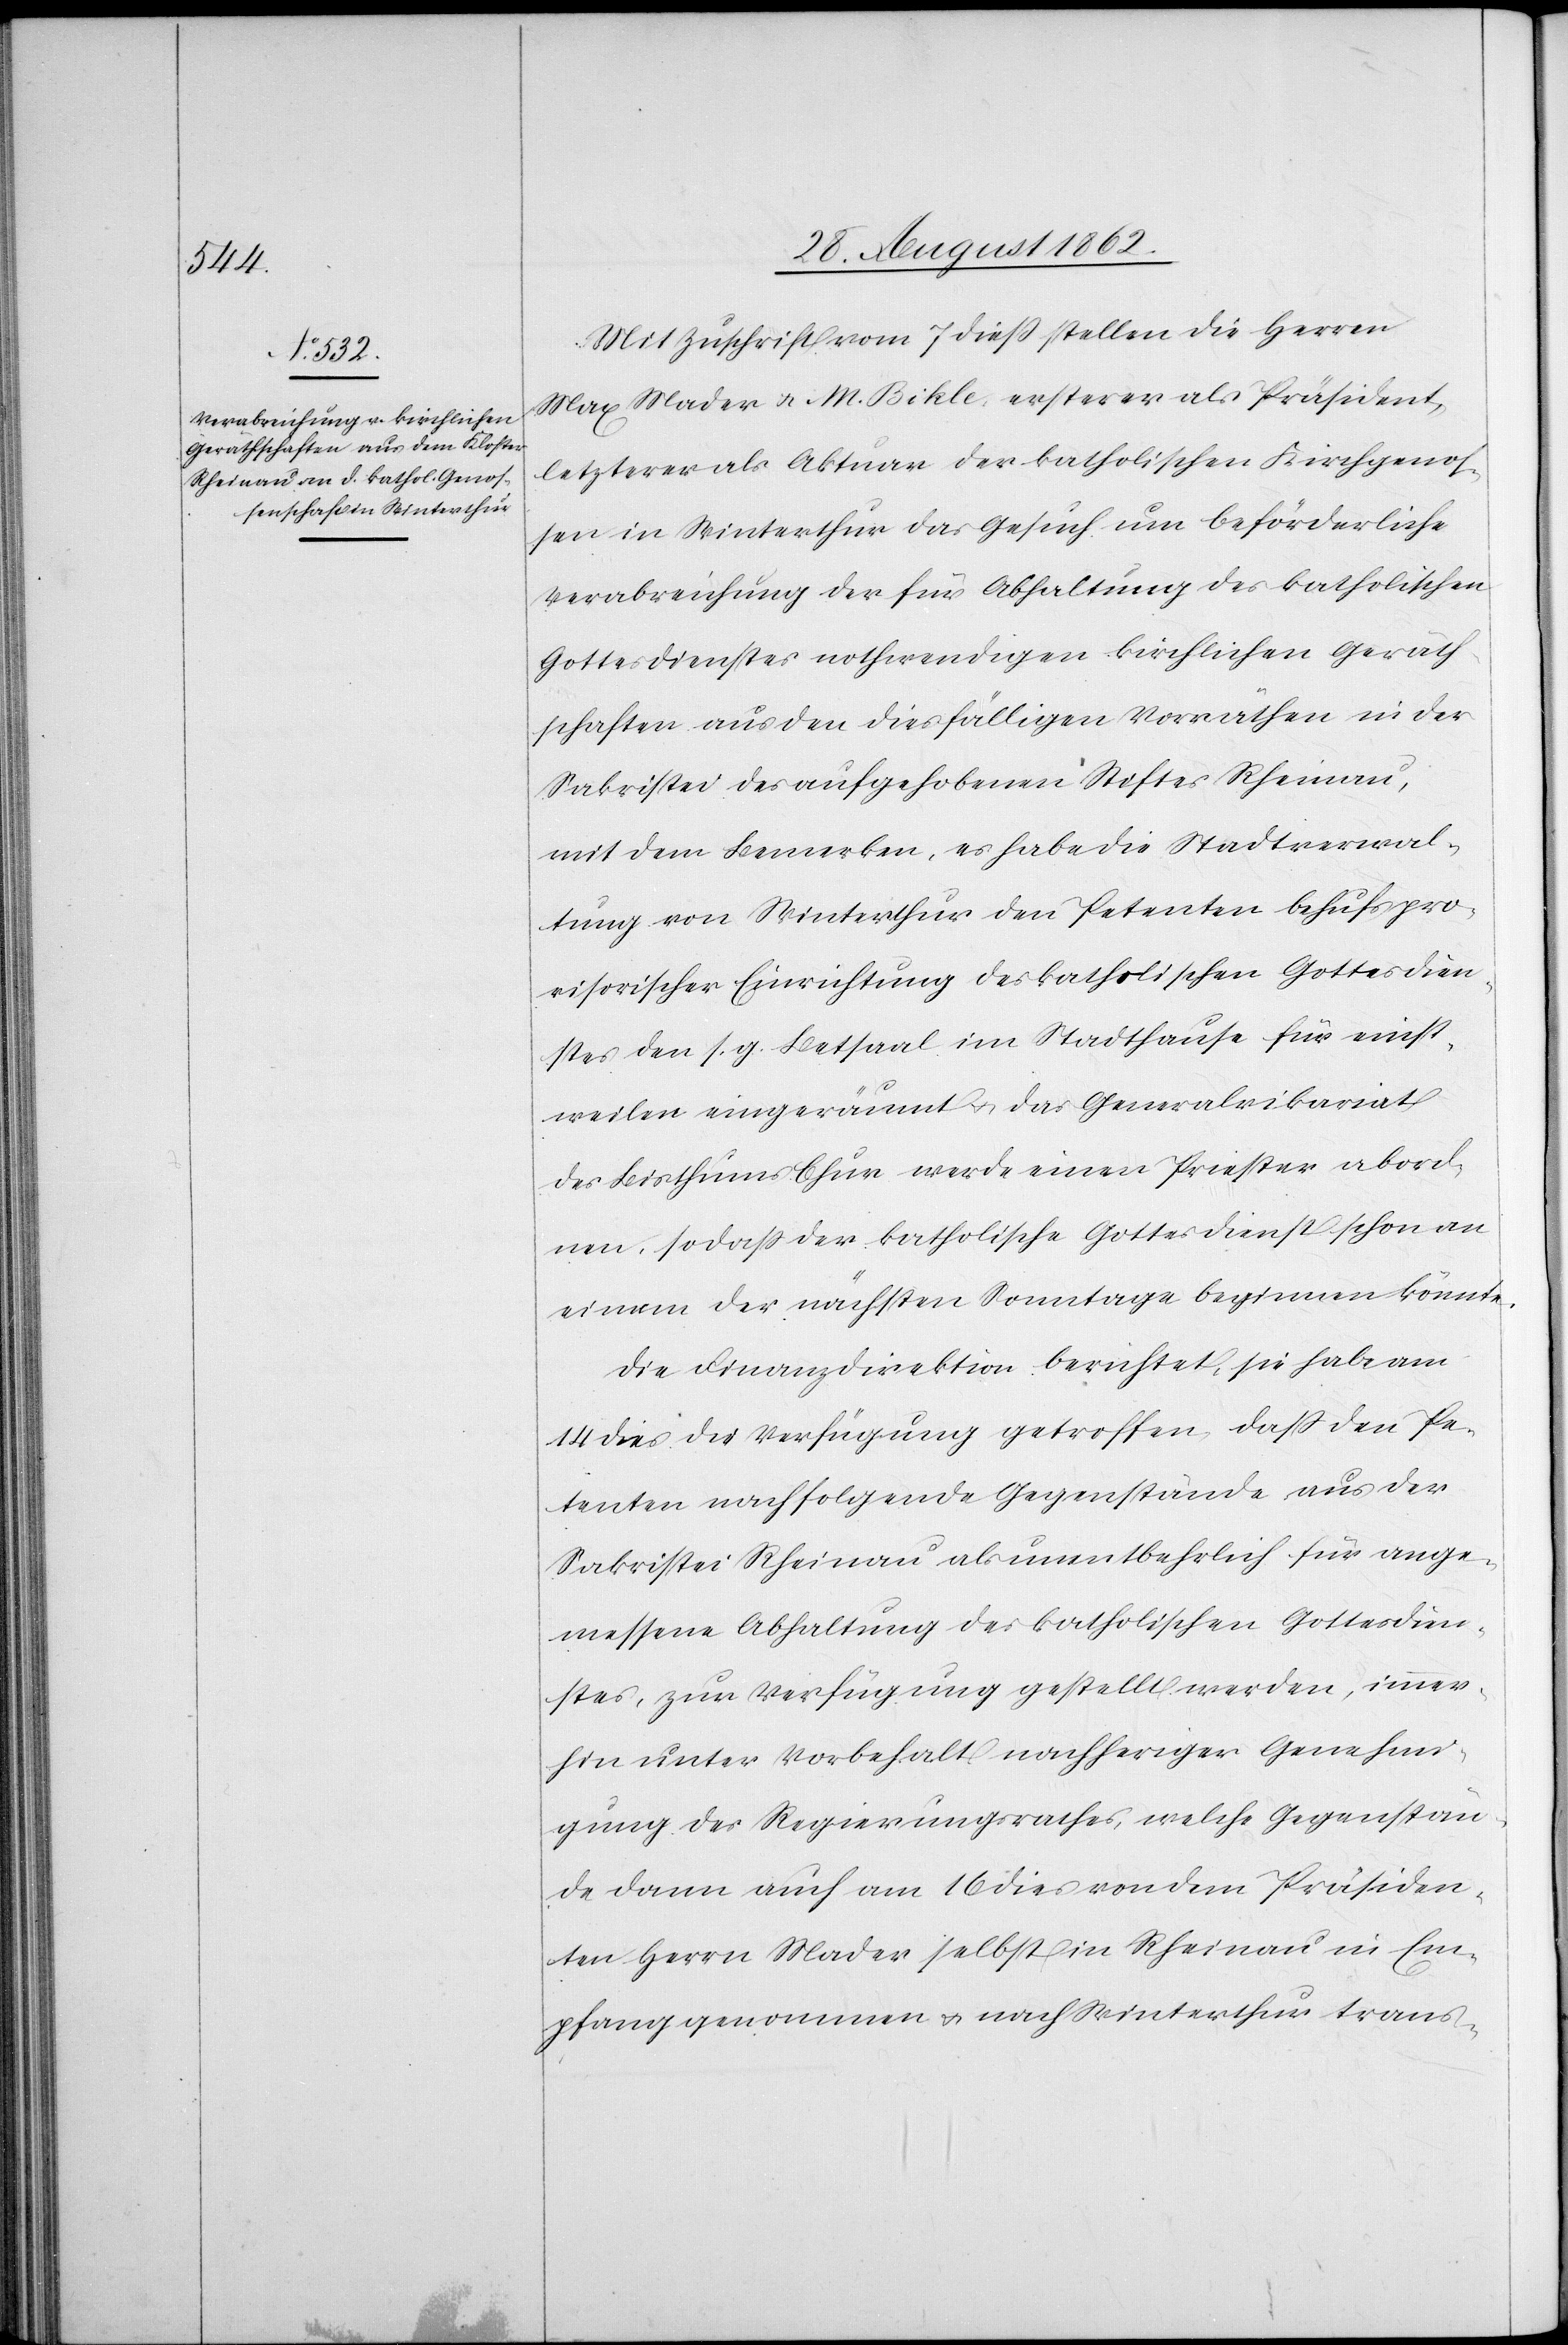
Mit Zuschrift vom 7. dieß stellen die Herren
Max Mader u. M. Bikle, ersterer als Präsident,
letzterer als Aktuar der katholischen Kirchgenos¬
sen in Winterthur das Gesuch um beförderliche
Verabreichung der für Abhaltung des katholischen
Gottesdienstes nothwendigen kirchlichen Geräth¬
schaften aus den diesfälligen Vorräthen in der
Sakristei des aufgehobenen Stiftes Rheinau,
mit dem Bemerken, es habe die Stadtverwal¬
tung von Winterthur den Petenten behufs pro¬
visorischer Einrichtung des katholischen Gottesdien¬
stes den s. g. Betsaal im Stadthause für einst¬
weilen eingeräumt u. das Generalvikariat
des Bisthums Chur werde einen Priester abord¬
nen, so daß der katholische Gottesdienst schon an
einem der nächsten Sonntage beginnen könnte.
Die Finanzdirektion berichtet, sie habe am
14. dies die Verfügung getroffen, daß den Pe¬
tenten nachfolgende Gegenstände aus der
Sakristei Rheinau als unentbehrlich für ange¬
messene Abhaltung des katholischen Gottesdien¬
stes, zur Verfügung gestellt werden, immer¬
hin unter Vorbehalt nachheriger Genehmi¬
gung des Regierungsrathes, welche Gegenstän¬
de dann auch am 16. dies von dem Präsiden¬
ten Herrn Mader selbst in Rheinau in Em¬
pfang genommen u. nach Winterthur trans-